Treatise on elephants
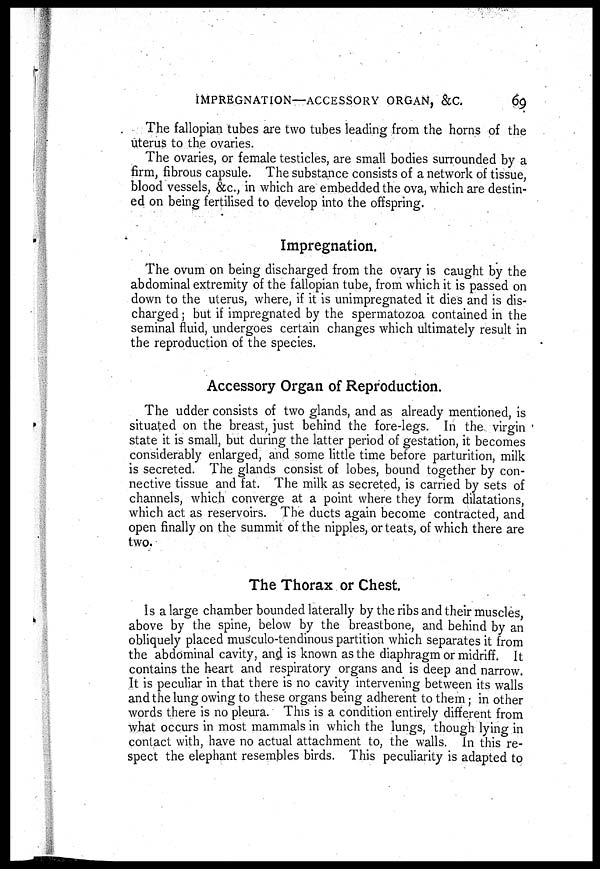
IMPREGNATION—ACCESSORY ORGAN, &C.
69
The fallopian tubes are two tubes leading from the horns of the
uterus to the ovaries.
The ovaries, or female testicles, are small bodies surrounded by a
firm, fibrous capsule. The substance consists of a network of tissue,
blood vessels, &c, in which are embedded the ova, which are destin-
ed on being fertilised to develop into the offspring.
Impregnation.
The ovum on being discharged from the ovary is caught by the
abdominal extremity of the fallopian tube, from which it is passed on
down to the uterus, where, if it is unimpregnated it dies and is dis-
charged ; but if impregnated by the spermatozoa contained in the
seminal fluid, undergoes certain changes which ultimately result in
the reproduction of the species.
Accessory Organ of Reproduction.
The udder consists of two glands, and as already mentioned, is
situated on the breast, just behind the fore-legs. In the virgin
state it is small, but during the latter period of gestation, it becomes
considerably enlarged, and some little time before parturition, milk
is secreted. The glands consist of lobes, bound together by con-
nective tissue and fat. The milk as secreted, is carried by sets of
channels, which converge at a point where they form dilatations,
which act as reservoirs. The ducts again become contracted, and
open finally on the summit of the nipples, or teats, of which there are
two.
The Thorax or Chest.
Is a large chamber bounded laterally by the ribs and their muscles,
above by the spine, below by the breastbone, and behind by an
obliquely placed musculo-tendinous partition which separates it from
the abdominal cavity, and is known as the diaphragm or midriff. It
contains the heart and respiratory organs and is deep and narrow.
It is peculiar in that there is no cavity intervening between its walls
and the lung owing to these organs being adherent to them; in other
words there is no pleura. This is a condition entirely different from
what occurs in most mammals in which the lungs, though lying in
contact with, have no actual attachment to, the walls. In this re-
spect the elephant resembles birds. This peculiarity is adapted to